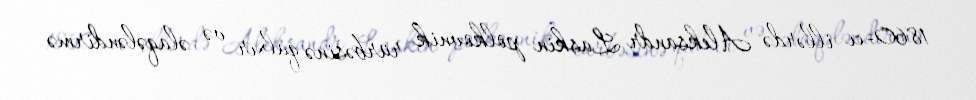
1860-cı illərdə Aleksandr Laskin polkovnik rürbəsinə qalxır və əlaqələndirmə